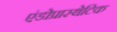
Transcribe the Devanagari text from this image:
एंडोप्रास्थेटिक